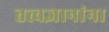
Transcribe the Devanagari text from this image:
तत्त्वज्ञानांना